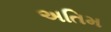
અતિમ